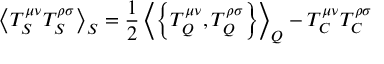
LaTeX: \left\langle T _ { S } ^ { \mu \nu } T _ { S } ^ { \rho \sigma } \right\rangle _ { S } = \frac { 1 } { 2 } \left\langle \left\{ T _ { Q } ^ { \mu \nu } , T _ { Q } ^ { \rho \sigma } \right\} \right\rangle _ { Q } - T _ { C } ^ { \mu \nu } T _ { C } ^ { \rho \sigma }